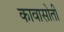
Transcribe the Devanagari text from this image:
कावासोती